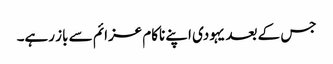
جس کے بعد یہودی اپنے ناکام عزائم سے باز رہے۔